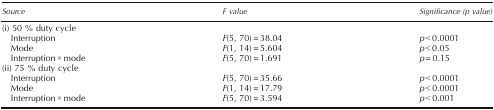
| Source | F value | Significance (p value) |
 | --- | --- | --- |
 | <COLSPAN=3> (i) 50 % duty cycle |
 | Interruption | F(5, 70) = 38.04 | p < 0.0001 |
 | Mode | F(1, 14) = 5.604 | p < 0.05 |
 | Interruption × mode | F(5, 70) = 1.691 | p = 0.15 |
 | <COLSPAN=3> (ii) 75 % duty cycle |
 | Interruption | F(5, 70) = 35.66 | p < 0.0001 |
 | Mode | F(1, 14) = 17.79 | p < 0.0001 |
 | Interruption × mode | F(5, 70) = 3.594 | p < 0.001 |